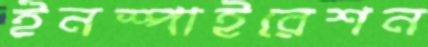
ইনস্পাইরেশন